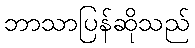
ဘာသာပြန်ဆိုသည်